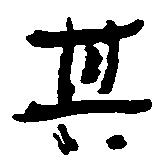
其